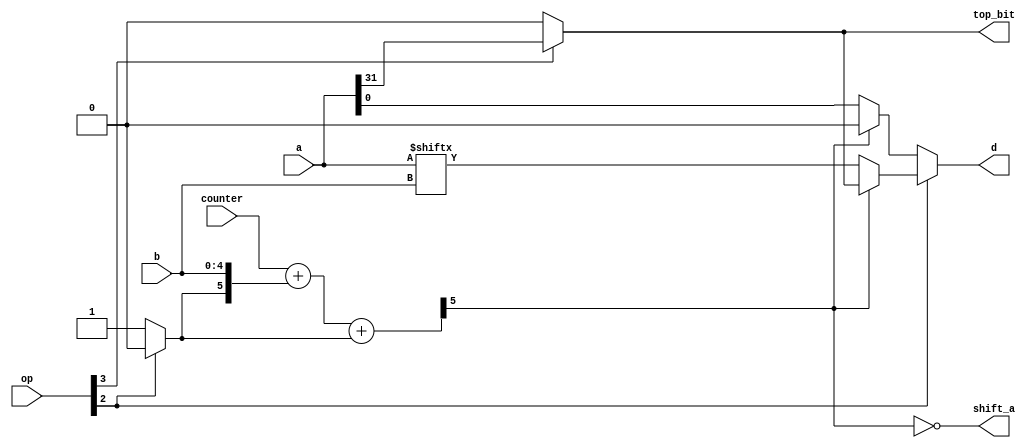
/* Shifter for nanoV.

    RISC-V Shift instructions:
      0001 SLL:  D = A << B
      0101 SRL:  D = A >> B (logical)
      1101 SRA:  D = A >> B (signed)
*/

module p10_nanoV_shift (
    input [3:0] op,
    input [4:0] counter,
    input [31:0] a,
    input [4:0] b,
    output d,
    output shift_a,
    output top_bit
);

    assign top_bit = op[3] ? a[31] : 1'b0;

    wire negate = op[2] ? 1'b0 : 1'b1;
    wire [5:0] counter_shifted = {1'b0,counter} + {negate,b} + {5'b0,negate};
    wire a_left = counter_shifted[5] ? 1'b0 : a[0];
    wire a_right = counter_shifted[5] ? top_bit : a[b];

    assign d = op[2] ? a_right : a_left;
    assign shift_a = counter_shifted[5] == 0;

endmodule